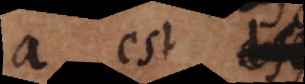
ab est e,